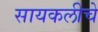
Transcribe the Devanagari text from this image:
सायकलीचे